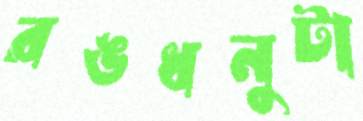
রঙধনুটা